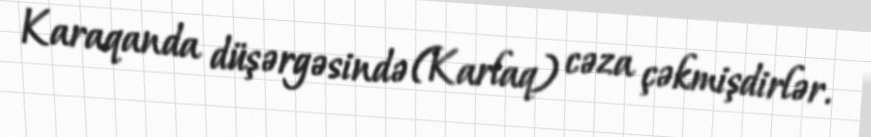
Karaqanda düşərgəsində (Karlaq) cəza çəkmişdirlər.